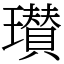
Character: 瓉